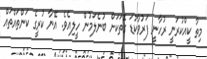
މިތާ ކީއްކުރަނީ ރުހާނީ ފަރުވާކުޑަ ގޮތަކަށް ބުނެލަމުން ހީލިއެވެ. އޭނާ ކުރީގެ ކަންތައްތައް